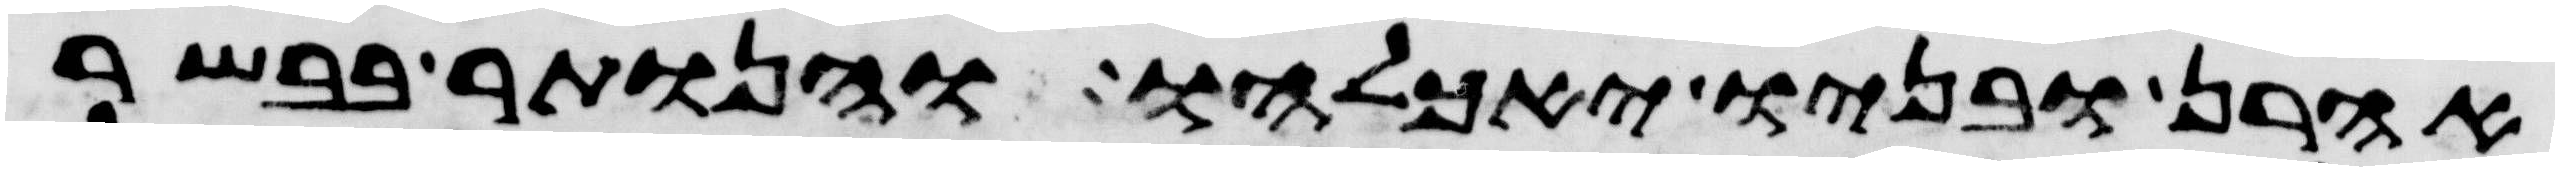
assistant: אהרן ובניו יאכלהו והנותר בבשר